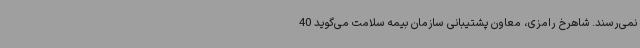
نمی‌رسند. شاهرخ رامزی، معاون پشتیبانی سازمان بیمه سلامت می‌گوید 40